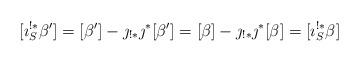
LaTeX: \begin{align*}[ \imath_S^{!*} \beta' ] = [\beta'] - \jmath_{!*}\jmath^*[\beta'] = [\beta] - \jmath_{!*}\jmath^*[\beta] = [\imath_S^{!*}\beta]\end{align*}